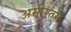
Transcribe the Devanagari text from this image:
अमीरतम